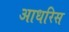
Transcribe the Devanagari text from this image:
आधरिस